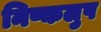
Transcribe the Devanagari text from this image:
निष्कलुष